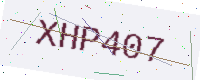
Text: XHP407